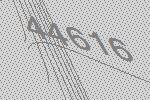
44616